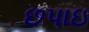
છપાઇ